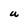
Character: U